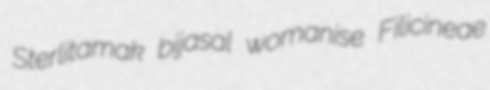
Sterlitamak bijasal womanise Filicineae